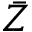
\bar { Z }